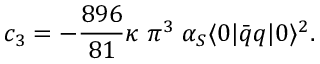
c _ { 3 } = - \frac { 8 9 6 } { 8 1 } \kappa \; \pi ^ { 3 } \; \alpha _ { S } \langle 0 | \bar { q } q | 0 \rangle ^ { 2 } .